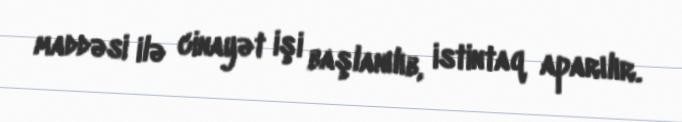
maddəsi ilə cinayət işi başlanılıb, istintaq aparılır.